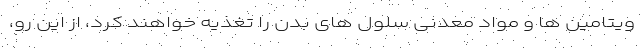
ویتامین ها و مواد معدنی سلول های بدن را تغذیه خواهند کرد، از این رو،